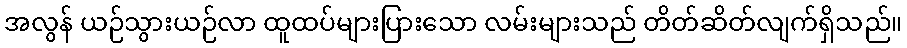
အလွန် ယဉ်သွားယဉ်လာ ထူထပ်များပြားသော လမ်းများသည် တိတ်ဆိတ်လျက်ရှိသည်။